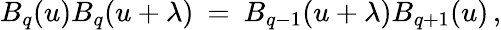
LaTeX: B_{q}(u)B_{q}(u+\lambda)\: =\: B_{q-1}(u+\lambda)B_{q+1}(u)\, ,